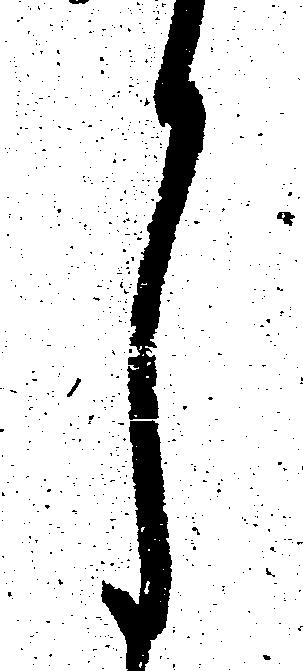
月